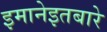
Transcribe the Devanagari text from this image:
इमानेइतबारे